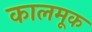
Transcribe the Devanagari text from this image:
कालमूक